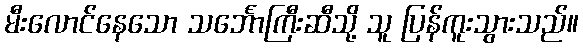
မီးလောင်နေသော သင်္ဘောကြီးဆီသို့ သူ ပြန်ကူးသွားသည်။